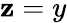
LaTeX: \mathbf{z}=y